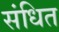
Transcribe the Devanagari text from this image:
संधित